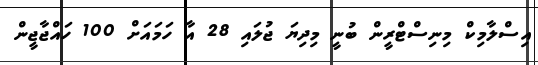
އިސްލާމިކް މިނިސްޓްރީން ބުނީ މިދިޔަ ޖުލައި 28 އާ ހަމައަށް 100 ހައްޖާޖީން